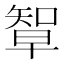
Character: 𥏯